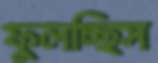
ফুলচ্ছিস